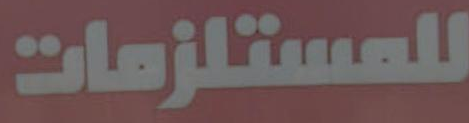
للمستلزمات